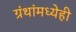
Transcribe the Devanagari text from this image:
ग्रंथांमध्येही